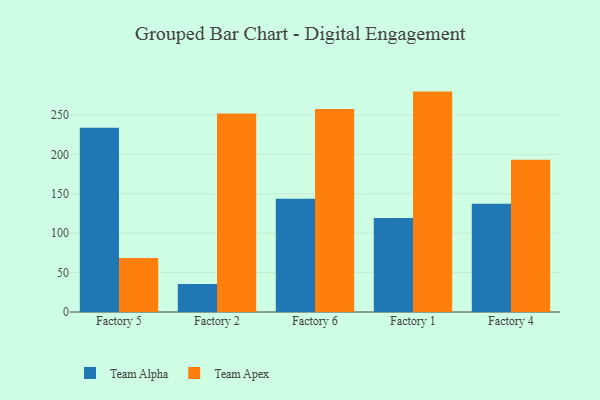
{"axis": {"x": "Factory", "y": "Population (Million)"}, "legend": ["Team Alpha", "Team Apex"], "data": [{"x": "Factory 5", "y": 233.7, "type": "Team Alpha"}, {"x": "Factory 5", "y": 68.5, "type": "Team Apex"}, {"x": "Factory 2", "y": 35.6, "type": "Team Alpha"}, {"x": "Factory 2", "y": 252.0, "type": "Team Apex"}, {"x": "Factory 6", "y": 143.8, "type": "Team Alpha"}, {"x": "Factory 6", "y": 257.7, "type": "Team Apex"}, {"x": "Factory 1", "y": 119.2, "type": "Team Alpha"}, {"x": "Factory 1", "y": 279.7, "type": "Team Apex"}, {"x": "Factory 4", "y": 137.3, "type": "Team Alpha"}, {"x": "Factory 4", "y": 193.3, "type": "Team Apex"}]}